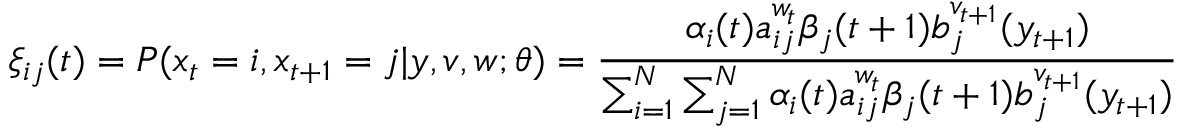
\xi _ { i j } ( t ) = P ( x _ { t } = i , x _ { t + 1 } = j | y , v , w ; \theta ) = { \frac { \alpha _ { i } ( t ) a _ { i j } ^ { w _ { t } } \beta _ { j } ( t + 1 ) b _ { j } ^ { v _ { t + 1 } } ( y _ { t + 1 } ) } { \sum _ { i = 1 } ^ { N } \sum _ { j = 1 } ^ { N } \alpha _ { i } ( t ) a _ { i j } ^ { w _ { t } } \beta _ { j } ( t + 1 ) b _ { j } ^ { v _ { t + 1 } } ( y _ { t + 1 } ) } }